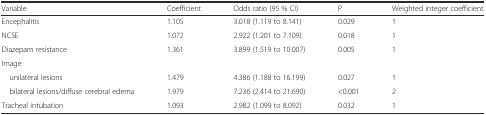
<table><thead><tr><td><b>Variable</b></td><td><b>Coefficient</b></td><td><b>Odds ratio (95 % CI)</b></td><td><b>P</b></td><td><b>Weighted integer coefficient</b></td></tr></thead><tbody><tr><td>Encephalitis</td><td>1.105</td><td>3.018 (1.119 to 8.141)</td><td>0.029</td><td>1</td></tr><tr><td>NCSE</td><td>1.072</td><td>2.922 (1.201 to 7.109)</td><td>0.018</td><td>1</td></tr><tr><td>Diazepam resistance</td><td>1.361</td><td>3.899 (1.519 to 10.007)</td><td>0.005</td><td>1</td></tr><tr><td colspan="5">Image</td></tr><tr><td> unilateral lesions</td><td>1.479</td><td>4.386 (1.188 to 16.199)</td><td>0.027</td><td>1</td></tr><tr><td> bilateral lesions/diffuse cerebral edema</td><td>1.979</td><td>7.236 (2.414 to 21.690)</td><td>&lt;0.001</td><td>2</td></tr><tr><td>Tracheal intubation</td><td>1.093</td><td>2.982 (1.099 to 8.092)</td><td>0.032</td><td>1</td></tr></tbody></table>